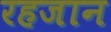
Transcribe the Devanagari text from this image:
रहजान